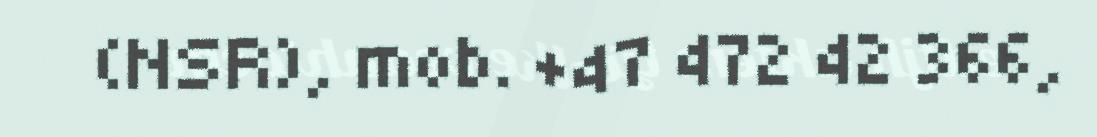
(NSR), mob. +47 472 42 366,